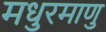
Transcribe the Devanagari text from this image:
मधुरमाणु